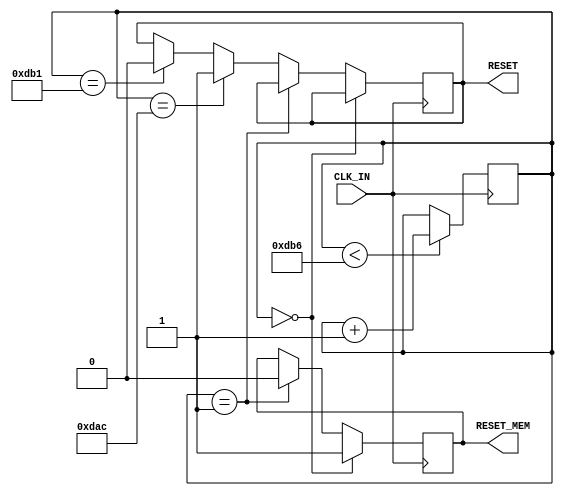
module reset_all(
input CLK_IN,
output reg RESET,
output reg RESET_MEM
);
reg [19:0] cnt=20'b0;



always @(posedge CLK_IN )
begin
	if (cnt==0) RESET_MEM<=1'b1;
	else if (cnt==1) RESET_MEM<=1'b0;
	
	else if (cnt==3500) RESET<=1'b1;
	else if (cnt==3505) RESET<=1'b0;
	if (cnt<3510)cnt<=cnt+1'b1;
end




endmodule